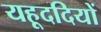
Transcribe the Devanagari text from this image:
यहूददियों